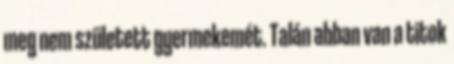
meg nem született gyermekemét. Talán abban van a titok